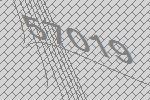
57019